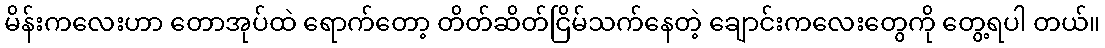
မိန်းကလေးဟာ တောအုပ်ထဲ ရောက်တော့ တိတ်ဆိတ်ငြိမ်သက်နေတဲ့ ချောင်းကလေးတွေကို တွေ့ရပါ တယ်။